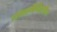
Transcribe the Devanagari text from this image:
जंगरमैगिएलीज़